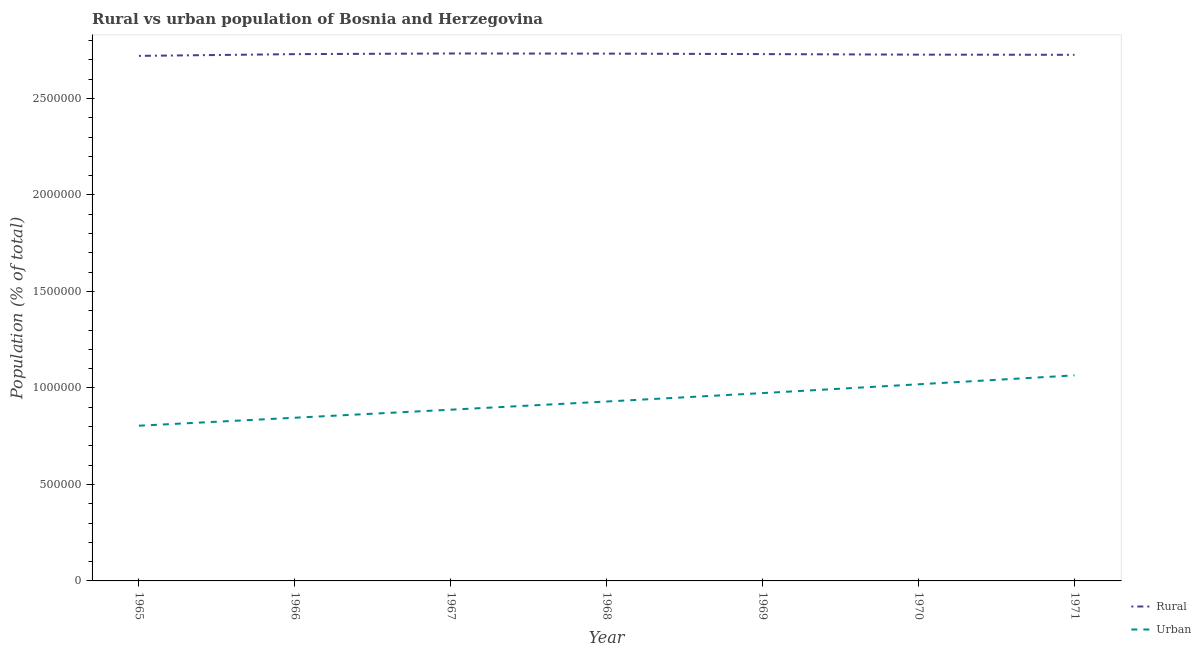
| Year | Rural | Urban |
 | --- | --- | --- |
 | 1965 | 2.72e+06 | 8.04e+05 |
 | 1966 | 2.73e+06 | 8.46e+05 |
 | 1967 | 2.73e+06 | 8.87e+05 |
 | 1968 | 2.73e+06 | 9.3e+05 |
 | 1969 | 2.73e+06 | 9.73e+05 |
 | 1970 | 2.73e+06 | 1.02e+06 |
 | 1971 | 2.73e+06 | 1.07e+06 |